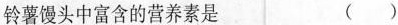
铃薯馒头中富含的营养素是 ()